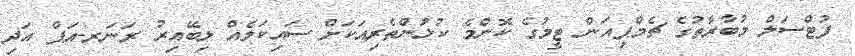
ފުޓްސަލް މުބާރާތުގެ ޗެމްޕިއަން ޓީމުގެ ކޮންމެ ކުޅުންތެރިއަކަށް ސައިކަލެއް ލިބޭއިރު ރަނަރ-އަޕް އަދި